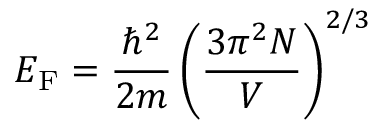
E _ { \mathrm { F } } = { \frac { \hbar ^ { 2 } } { 2 m } } \left( { \frac { 3 \pi ^ { 2 } N } { V } } \right) ^ { 2 / 3 }